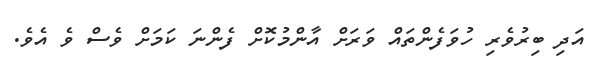
އަދި ބިރުވެރި ހުވަފެންތައް ވަރަށް އާންމުކޮށް ފެންނަ ކަމަށް ވެސް ވެ އެވެ.